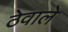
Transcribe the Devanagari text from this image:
ठेवाले